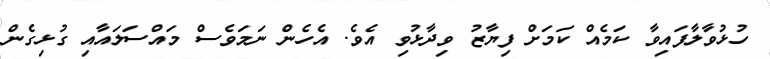
ހުޅުވާލާފައިވާ ކަމެއް ކަމަށް ފިޔާޒު ވިދާޅުވި އެވެ. އެހެން ނަމަވެސް މައްސަލައާއި ގުޅިގެން